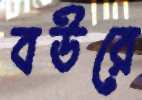
বউরে